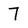
Character: 7